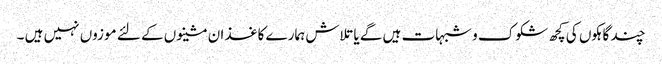
چند گاہکوں کی کچھ شکوک و شبہات ہیں گے یا تلاش ہمارے کاغذ ان مشینوں کے لئے موزوں نہیں ہیں ۔